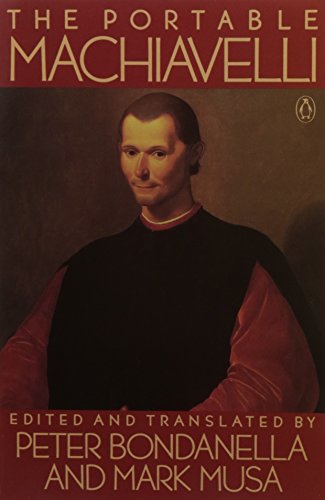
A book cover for The Portable Machiavelli; Niccolo Machiavelli; Politics & Social Sciences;